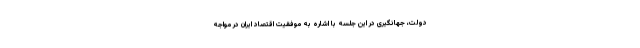
دولت، جهانگیری در این جلسه با اشاره به موفقیت اقتصاد ایران در مواجه